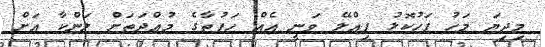
މިދިޔަ މަހު ފަހުކޮޅު ޕިއްލޭ ވަނީ އެއް ހަފުތާގެ މުއްދަތަށް ލަންކާ އަށް